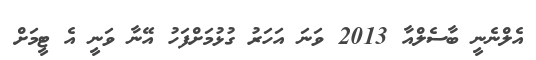
އެލްނެނީ ބާސެލްއާ 2013 ވަނަ އަހަރު ގުޅުމަށްފަހު އޭނާ ވަނީ އެ ޓީމަށް